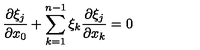
\frac { \partial \xi _ { j } } { \partial x _ { 0 } } + \sum _ { k = 1 } ^ { n - 1 } \xi _ { k } \frac { \partial \xi _ { j } } { \partial x _ { k } } = 0